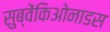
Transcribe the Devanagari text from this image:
सुब्वेंकिओनाडस